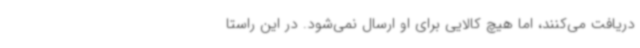
دریافت می‌کنند، اما هیچ کالایی برای او ارسال نمی‌شود. در این راستا